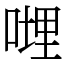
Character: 𠹺